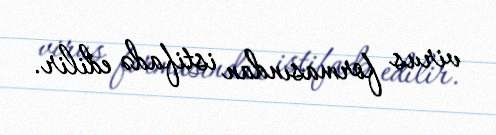
virus formasından istifadə edilir.